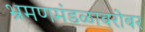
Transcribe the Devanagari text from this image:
भ्रमणमंडळाबरोबर